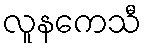
လူနကေသီ